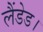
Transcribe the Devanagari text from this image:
लैंडेड।